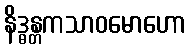
နိဒ္ဓန္တကသာဝမောဟော